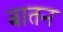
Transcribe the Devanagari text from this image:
बातन